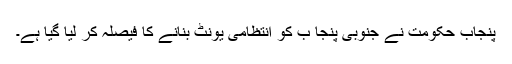
پنجاب حکومت نے جنوبی پنجا ب کو انتظامی یونٹ بنانے کا فیصلہ کر لیا گیا ہے۔